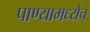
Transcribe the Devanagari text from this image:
पाण्यामध्येच